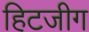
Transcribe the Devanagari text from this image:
हिटजीग